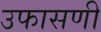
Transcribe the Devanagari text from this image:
उफासणी